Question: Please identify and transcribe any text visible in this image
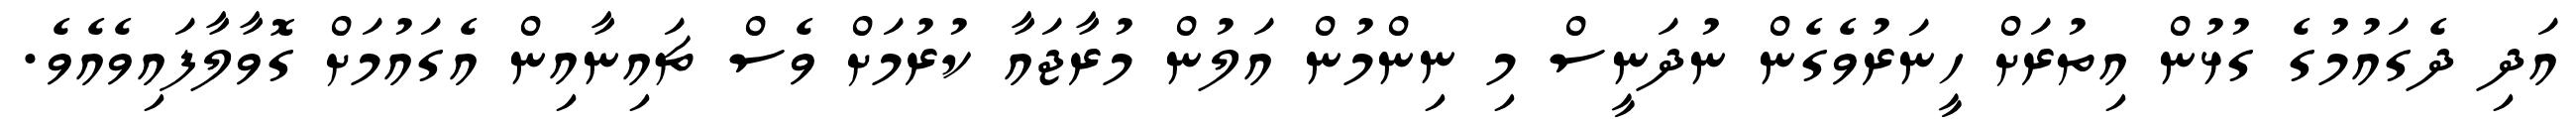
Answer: އަދި ދެގައުމުގެ ގުޅުން އިތުރަށް ހީނަރުވެގެން ނުދަނީސް މި ނިންމުން އަލުން މުރާޖައާ ކުރުމަށް ވެސް ޗައިނާއިން އެގައުމަށް ގޮވާލާފައިވެއެވެ.